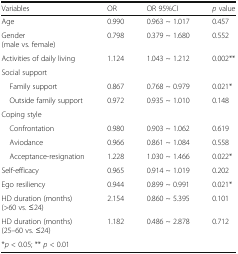
<table><thead><tr><td><b>Variables</b></td><td><b>OR</b></td><td><b>OR 95%CI</b></td><td><b><i>p</i> value</b></td></tr></thead><tbody><tr><td>Age</td><td>0.990</td><td>0.963 ~ 1.017</td><td>0.457</td></tr><tr><td>Gender(male vs. female)</td><td>0.798</td><td>0.379 ~ 1.680</td><td>0.552</td></tr><tr><td>Activities of daily living</td><td>1.124</td><td>1.043 ~ 1.212</td><td>0.002**</td></tr><tr><td>Social support</td><td></td><td></td><td></td></tr><tr><td> Family support</td><td>0.867</td><td>0.768 ~ 0.979</td><td>0.021*</td></tr><tr><td> Outside family support</td><td>0.972</td><td>0.935 ~ 1.010</td><td>0.148</td></tr><tr><td>Coping style</td><td></td><td></td><td></td></tr><tr><td> Confrontation</td><td>0.980</td><td>0.903 ~ 1.062</td><td>0.619</td></tr><tr><td> Aviodance</td><td>0.966</td><td>0.861 ~ 1.084</td><td>0.558</td></tr><tr><td> Acceptance-resignation</td><td>1.228</td><td>1.030 ~ 1.466</td><td>0.022*</td></tr><tr><td>Self-efficacy</td><td>0.965</td><td>0.914 ~ 1.019</td><td>0.202</td></tr><tr><td>Ego resiliency</td><td>0.944</td><td>0.899 ~ 0.991</td><td>0.021*</td></tr><tr><td>HD duration (months)(&gt;60 vs. ≤24)</td><td>2.154</td><td>0.860 ~ 5.395</td><td>0.101</td></tr><tr><td>HD duration (months)(25–60 vs. ≤24)</td><td>1.182</td><td>0.486 ~ 2.878</td><td>0.712</td></tr><tr><td colspan="4">*<i>p</i> &lt; 0.05; ** <i>p</i> &lt; 0.01</td></tr></tbody></table>